Scottish Leaving Certificate Examination, 1959
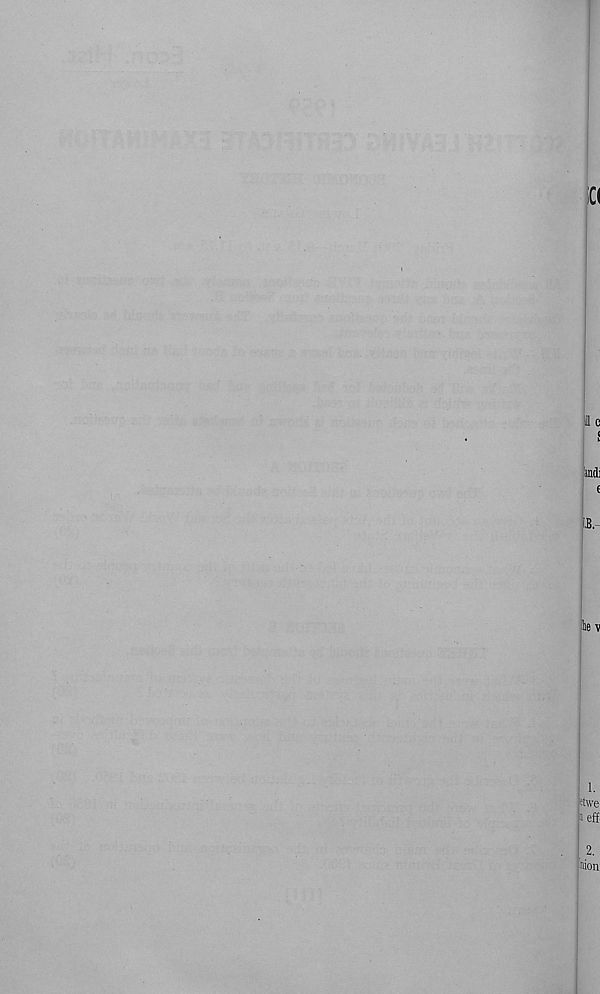
I c
J
and]
e
■ lie v
1.
|etwe'
Nff.
2.
nion